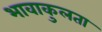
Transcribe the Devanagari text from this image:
भावाकुलता